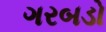
ગરબડો